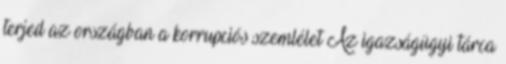
terjed az országban a korrupciós szemlélet Az igazságügyi tárca